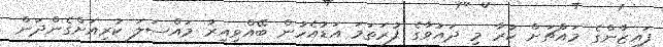
ފައިޒާންގެ މައްޗަށް ކުރާ މި ދައުވާގެ ފުރަތަމަ އަޑުއެހުން ބޭއްވިއިރު މައްސަލަ ކުރިއަށްގެންދަން